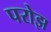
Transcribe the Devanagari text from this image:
परोझ